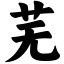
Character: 芜